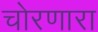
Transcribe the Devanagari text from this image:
चोरणारा